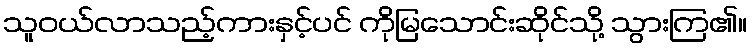
သူဝယ်လာသည့်ကားနှင့်ပင် ကိုမြသောင်းဆိုင်သို့ သွားကြ၏။